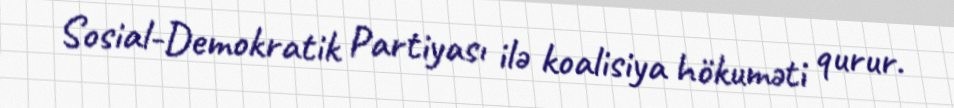
Sosial-Demokratik Partiyası ilə koalisiya hökuməti qurur.